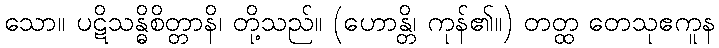
သော။ ပဋိသန္ဓိစိတ္တာနိ၊ တို့သည်။ (ဟောန္တိ၊ ကုန်၏။) တတ္ထ တေသုဧကူန